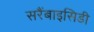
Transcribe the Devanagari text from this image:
सरैंबाइसिडी